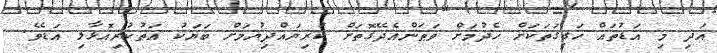
އަދި މި އަޑުތައް ހަގީގަތަކަށް ހެދުމަށް ވަޠަންއެދޭގޮތަށް ކުރިޔައްދިޔުމަށް ބަޔަކު އަތުކުރިއޮޅާލި އަޑެވެ.